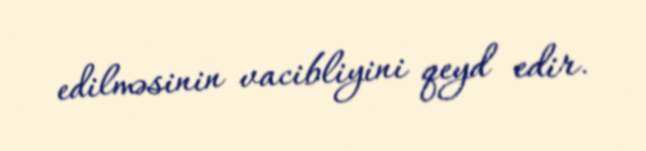
edilməsinin vacibliyini qeyd edir.